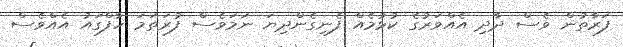
ފަރާތުން ވެސް ދާދި އެއްވަރުގެ ކުޅުމެއް ފެނިގެންދިޔަ ނަމަވެސް ފުރަތަމަ ހާފްގައު އެއްވެސް